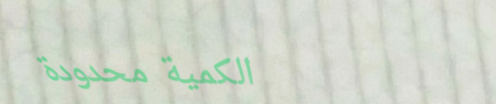
الكمية محدودة